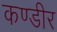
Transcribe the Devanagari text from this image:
कण्डीर